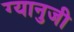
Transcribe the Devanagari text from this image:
ग्यानुजी